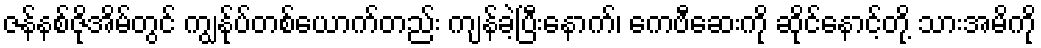
ဇန်နစ်ဇိုအိမ်တွင် ကျွန်ုပ်တစ်ယောက်တည်း ကျန်ခဲ့ပြီးနောက်၊ ကေဗီဆေးကို ဆိုင်နောင့်တို့ သားအမိကို